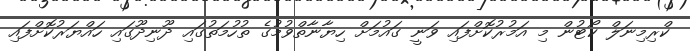
ކްރިމިނަލް ކޯޓުން މި އަމުރުކޮށްފައި ވަނީ ގައުމަށް ހިޔާނާތްވުމުގެ ތުހުމަތުގައި ދޫނިދޫގައި ހައްޔަރުކޮށްފައި